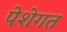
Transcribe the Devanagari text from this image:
पेशेगत